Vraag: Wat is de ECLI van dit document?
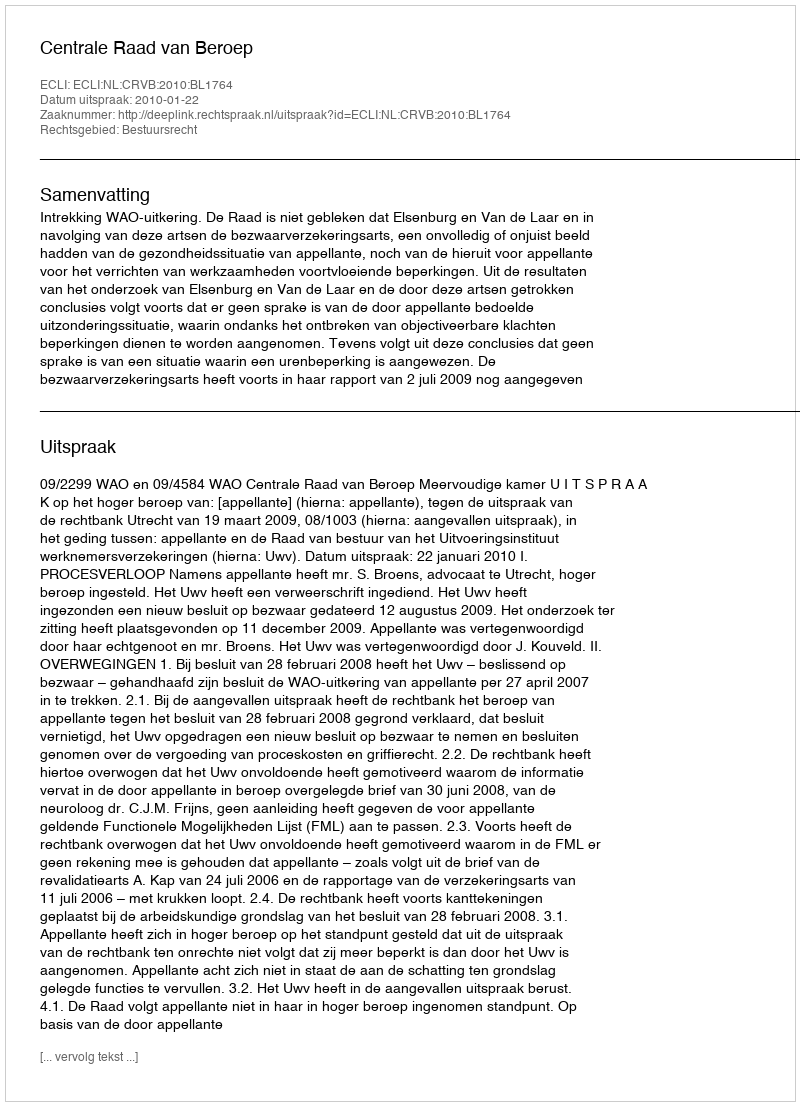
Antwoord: ECLI:NL:CRVB:2010:BL1764